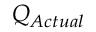
Q _ { A c t u a l } \,